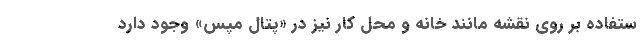
ستفاده بر روی نقشه مانند خانه و محل کار نیز در «پتال مپس» وجود دارد